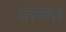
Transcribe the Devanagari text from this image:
वस्तरा